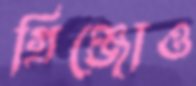
গ্রিঞ্জোও